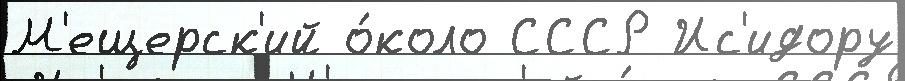
М'ещерск'ий о́коло СССР Ис'идору